Report on the treatment of epidemic cholera: from information collected by the governments of Bengal, Madras, Bombay, N.W. Provinces, Punjab, Oudh, and Central India, by order of the Government of India
Disease focus: Cholera
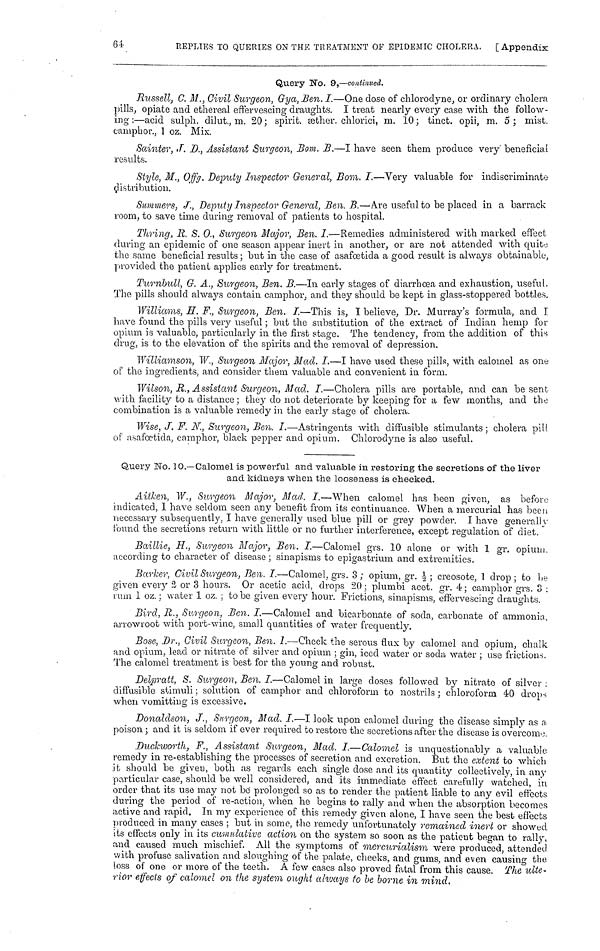
64
REPLIES TO QUERIES ON THE TREATMENT OF EPIDEMIC CHOLERA.
[ Appendix
Query No. 9,—continued.
Russell, C. M., Civil Surgeon, Gya, Ben. I.—One dose of chlorodyne, or ordinary cholera
pills, opiate and ethereal effervescing draughts. I treat nearly every case with the follow-
ing :—acid sulph. dilut., m. 20 ; spirit, æther. chlorici, m. 10; tinct. opii, m. 5; mist.
camphor., 1 oz. Mix.
Sainter, J. D., Assistant Surgeon, Bom. B.—I have seen them produce very beneficial
results.
Style, M., Offg. Deputy Inspector General, Bom. I.—Very valuable for indiscriminate
distributiou.
Summers, J., Deputy Inspector General, Ben. B.—Are useful to be placed in a barrack
room, to save time during removal of patients to hospital.
Thring, R. S. 0., Surgeon Major, Ben. I.—Remedies administered with marked effect
during an epidemic of one season appear inert in another, or are not attended with quite;
the same beneficial results ; but in the case of asafœtida a good result is always obtainable,
provided the patient applies early for treatment.
Turnbull, G. Α., Surgeon, Ben. Β.—In early stages of diarrhœa and exhaustion, useful.
The pills should always contain camphor, and they should be kept in glass-stoppered bottles,
Williams, H. F., Surgeon, Ben. I.—This is, I believe, Dr. Murray's formula, and I
have found the pills very useful ; but the substitution of the extract of Indian hemp for
opium is valuable, particularly in the first stage. The tendency, from the addition of this
drug, is to the elevation of the spirits and the removal of depression.
Williamson, W., Surgeon Major, Mad. I.—I have used these pills, with calomel as one
of the ingredients, and consider them valuable and convenient in form.
Wilson, R., Assistant Surgeon, Mad. I.—Cholera pills are portable, and can be sent
with facility to a distance ; they do not deteriorate by keeping for a few months, and the
combination is a valuable remedy in the early stage of cholera.
Wise, J. F. N., Surgeon, Ben. I.—Astringents with diffusible stimulants ; cholera pill
of asafœtida, camphor, black pepper and opium. Chlorodyne is also useful.
Query No. 10.—Calomel is powerful and valuable in restoring the secretions of the liver
and kidneys when the looseness is checked.
Aitken, W., Surgeon Major, Mad. I.—When calomel has been given, as before
indicated, 1 have seldom seen any benefit from its continuance. When a mercurial has been
necessary subsequently, I have generally used blue pill or grey powder. I have generally
found the secretions return with little or no further interference, except regulation of diet.
Baillie, H., Surgeon Major, Ben. I.—Calomel grs. 10 alone or with 1 gr. opium,
according to character of disease ; sinapisms to epigastrium and extremities.
Barker, Civil Surgeon, Ben. I.—Calomel, grs. 3 ; opium, gr. ½ ; creosote, 1 drop ; to be
given every 2 or 3 hours. Or acetic acid, drops 20; plumbi acet. gr. 4; camphor grs. 3 :
rum 1 oz. ; water 1 oz. ; to be given every hour. Frictions, sinapisms, effervescing draughts.
Bird, R., Surgeon, Ben. I.—Calomel and bicarbonate of soda, carbonate of ammonia,
arrowroot with port-wine, small quantities of water frequently.
Bose, Dr., Civil Surgeon, Ben. I.—Check the serous flux by calomel and opium, chalk
and opium, lead or nitrate of silver and opium ; gin, iced water'or soda water ; use frictions.
The calomel treatment is best for the young and robust.
Delpratt, S. Surgeon, Ben. I.—Calomel in large doses followed by nitrate of silver :
diffusible stimuli ; solution of camphor and chloroform to nostrils ; chloroform 40 drops
when vomitting is excessive.
Donaldson, J., Surgeon, Mad. I.—I look upon calomel during the disease simply as «
poison ; and it is seldom if ever required to restore the secretions after the disease is overcome.
Duckworth, F., Assistant Surgeon, Mad. I.—Calomel is unquestionably a valuable
remedy in re-establishing the processes of secretion and excretion. But the extent to which
it should be given, both as regards each single dose and its quantity collectively, in any
particular case, should be well considered, and its immediate effect carefully watched, in
order that its use may not be prolonged so as to render the patient liable to any evil effects
during the period of re-action, when he begins to rally and when the absorption becomes
active and rapid. In my experience of this remedy given alone, I have seen the best effects
produced in many cases ; but in some, the remedy unfortunately remained inert or showed
its effects only in its cumulative action on the system so soon as the patient began to rally,
and caused much mischief. All the symptoms of mercurialism were produced, attended
with profuse salivation and sloughing of the palate, cheeks, and gums, and even causing the
loss of one or more of the teeth. A few cases also proved fatal from this cause. The ulte-
rior effects of calomel on the system ought always to be borne in mind.